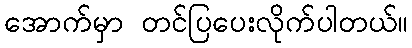
အောက်မှာ တင်ပြပေးလိုက်ပါတယ်။